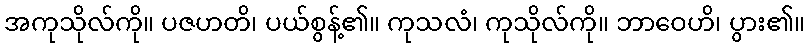
အကုသိုလ်ကို။ ပဇဟတိ၊ ပယ်စွန့်၏။ ကုသလံ၊ ကုသိုလ်ကို။ ဘာဝေဟိ၊ ပွား၏။